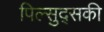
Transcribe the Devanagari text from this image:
पिल्सुद्सकी